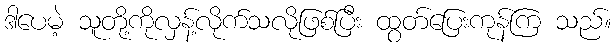
ဒါပေမဲ့ သူတို့ကိုလှန့်လိုက်သလိုဖြစ်ပြီး ထွတ်ပြေးကုန်ကြ သည်။